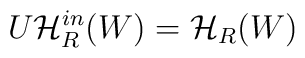
U\mathcal{H}_{R}^{in}(W)=\mathcal{H}_{R}(W)